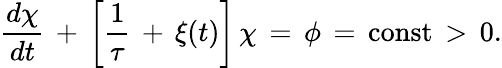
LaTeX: \frac{d\chi}{dt}\, +\, \left[\frac{1}{\tau}\, +\, \xi(t)\right]\, \chi\, =\, \phi\, =\, \mathrm{const}\, >\, 0.